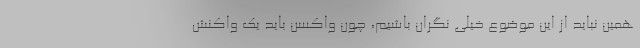
همین نباید از این موضوع خیلی نگران باشیم، چون واکسن باید یک واکنش